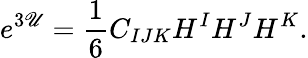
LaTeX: e^{3\mathscr{U}}={\frac{{1}}{{6}}}C_{IJK}H^{I}H^{J}H^{K}.